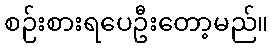
စဉ်းစားရပေဦးတော့မည်။